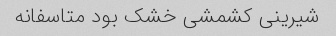
شیرینی کشمشی خشک بود متاسفانه